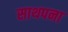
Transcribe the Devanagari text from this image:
साथपना